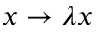
x \rightarrow \lambda x